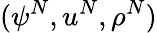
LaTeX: (\psi^{N},u^{N},\rho^{N})